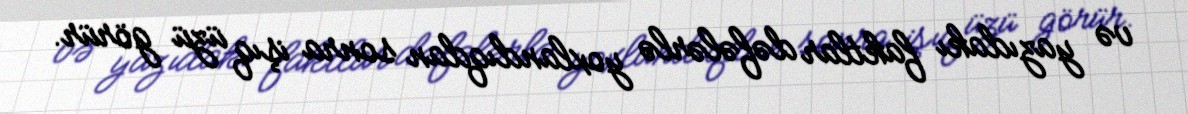
və yazıdakı faktlar dəfələrlə yoxlandıqdan sonra işıq üzü görür.